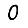
Digit: 0